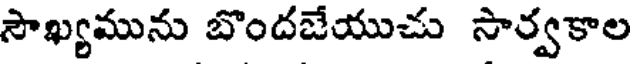
సౌఖ్యమును బొందజేయుచు సార్వకాల